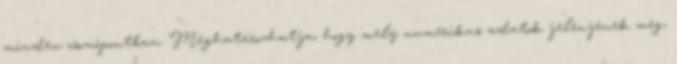
minden csomópontban. Meghatározhatja, hogy mely numerikus adatok jelenjenek meg,